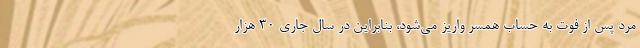
مرد پس از فوت به حساب همسر واریز می‌شود، بنابراین در سال جاری ۳۰ هزار